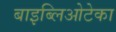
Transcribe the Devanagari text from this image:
बाइब्लिओटेका